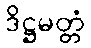
ဒိဋ္ဌမတ္တံ